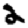
Digit: 2